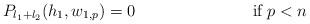
LaTeX: \begin{align*}&P_{l_1+l_2}(h_1, w_{1,p})= 0 &\mathrm{if} \: p<n\end{align*}